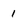
Character: 1